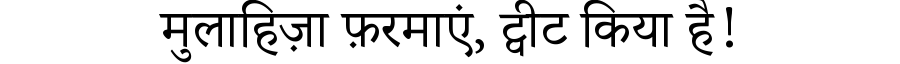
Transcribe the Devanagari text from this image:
मुलाहिज़ा फ़रमाएं, ट्वीट किया है!